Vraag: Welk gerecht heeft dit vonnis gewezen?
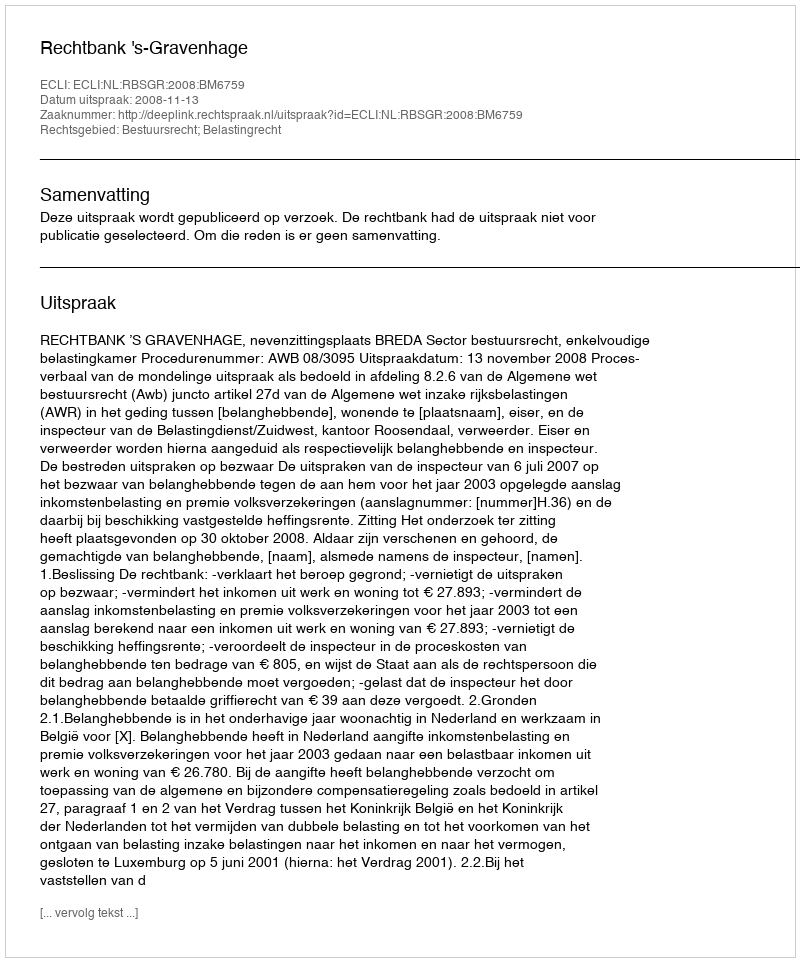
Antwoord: Rechtbank 's-Gravenhage